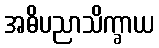
အဓိပညာသိက္ခာယ